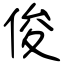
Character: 俊